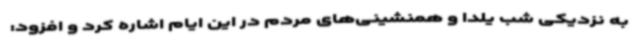
به نزدیکی شب یلدا و همنشینی‌های مردم در این ایام اشاره کرد و افزود: